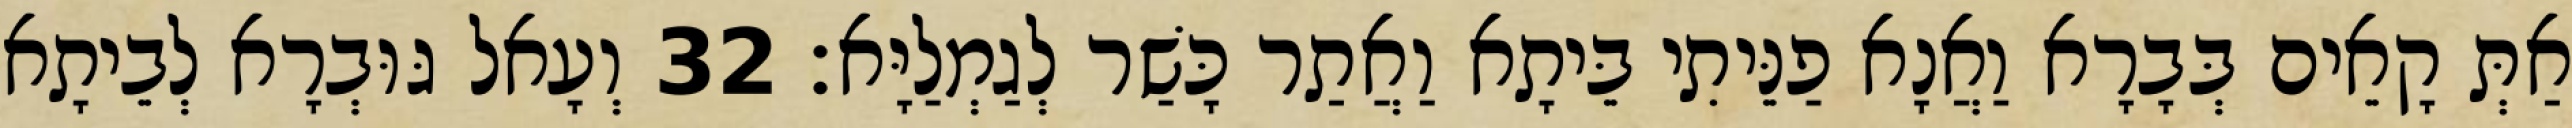
אַתְּ קָאֵים בְּבָרָא וַאֲנָא פַנֵּיתִי בֵּיתָא וַאֲתַר כָּשַׁר לְגַמְלַיָּא׃ 32 וְעָאל גּוּבְרָא לְבֵיתָא